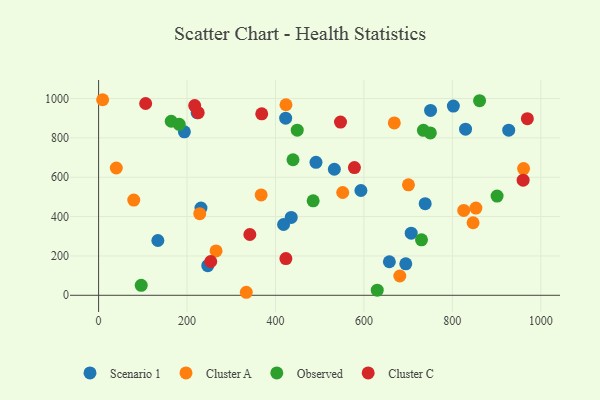
{"axis": {"x": "Engine Size", "y": "Yield"}, "legend": ["Cluster A", "Cluster C", "Observed", "Scenario 1"], "data": [{"x": "694.6", "y": 160.1, "type": "Scenario 1"}, {"x": "423.0", "y": 900.1, "type": "Scenario 1"}, {"x": "802.2", "y": 961.5, "type": "Scenario 1"}, {"x": "750.7", "y": 939.4, "type": "Scenario 1"}, {"x": "194.0", "y": 830.7, "type": "Scenario 1"}, {"x": "435.6", "y": 395.9, "type": "Scenario 1"}, {"x": "246.8", "y": 150.6, "type": "Scenario 1"}, {"x": "491.6", "y": 675.6, "type": "Scenario 1"}, {"x": "829.8", "y": 844.4, "type": "Scenario 1"}, {"x": "418.3", "y": 359.8, "type": "Scenario 1"}, {"x": "134.0", "y": 278.5, "type": "Scenario 1"}, {"x": "927.4", "y": 839.4, "type": "Scenario 1"}, {"x": "222.8", "y": 928.0, "type": "Scenario 1"}, {"x": "533.1", "y": 640.5, "type": "Scenario 1"}, {"x": "738.5", "y": 465.8, "type": "Scenario 1"}, {"x": "593.2", "y": 532.7, "type": "Scenario 1"}, {"x": "706.9", "y": 315.5, "type": "Scenario 1"}, {"x": "231.5", "y": 443.2, "type": "Scenario 1"}, {"x": "657.5", "y": 170.5, "type": "Scenario 1"}, {"x": "853.2", "y": 443.1, "type": "Cluster A"}, {"x": "367.6", "y": 510.2, "type": "Cluster A"}, {"x": "846.8", "y": 368.6, "type": "Cluster A"}, {"x": "552.0", "y": 522.5, "type": "Cluster A"}, {"x": "961.0", "y": 643.9, "type": "Cluster A"}, {"x": "9.1", "y": 994.0, "type": "Cluster A"}, {"x": "825.7", "y": 431.5, "type": "Cluster A"}, {"x": "40.0", "y": 646.9, "type": "Cluster A"}, {"x": "265.6", "y": 225.7, "type": "Cluster A"}, {"x": "334.0", "y": 15.3, "type": "Cluster A"}, {"x": "228.7", "y": 415.0, "type": "Cluster A"}, {"x": "423.7", "y": 968.4, "type": "Cluster A"}, {"x": "79.5", "y": 483.7, "type": "Cluster A"}, {"x": "700.7", "y": 561.5, "type": "Cluster A"}, {"x": "668.7", "y": 876.2, "type": "Cluster A"}, {"x": "681.1", "y": 97.9, "type": "Cluster A"}, {"x": "630.1", "y": 26.0, "type": "Observed"}, {"x": "734.5", "y": 838.3, "type": "Observed"}, {"x": "750.2", "y": 825.5, "type": "Observed"}, {"x": "439.6", "y": 688.8, "type": "Observed"}, {"x": "901.1", "y": 504.3, "type": "Observed"}, {"x": "449.2", "y": 839.4, "type": "Observed"}, {"x": "182.3", "y": 869.0, "type": "Observed"}, {"x": "730.2", "y": 282.1, "type": "Observed"}, {"x": "164.2", "y": 884.6, "type": "Observed"}, {"x": "485.2", "y": 480.3, "type": "Observed"}, {"x": "96.4", "y": 50.6, "type": "Observed"}, {"x": "861.5", "y": 989.2, "type": "Observed"}, {"x": "342.0", "y": 308.9, "type": "Cluster C"}, {"x": "217.3", "y": 964.4, "type": "Cluster C"}, {"x": "969.6", "y": 897.5, "type": "Cluster C"}, {"x": "225.2", "y": 928.3, "type": "Cluster C"}, {"x": "547.0", "y": 880.2, "type": "Cluster C"}, {"x": "253.6", "y": 171.7, "type": "Cluster C"}, {"x": "960.0", "y": 585.0, "type": "Cluster C"}, {"x": "368.9", "y": 922.5, "type": "Cluster C"}, {"x": "106.4", "y": 974.8, "type": "Cluster C"}, {"x": "578.5", "y": 649.2, "type": "Cluster C"}, {"x": "423.5", "y": 186.6, "type": "Cluster C"}]}